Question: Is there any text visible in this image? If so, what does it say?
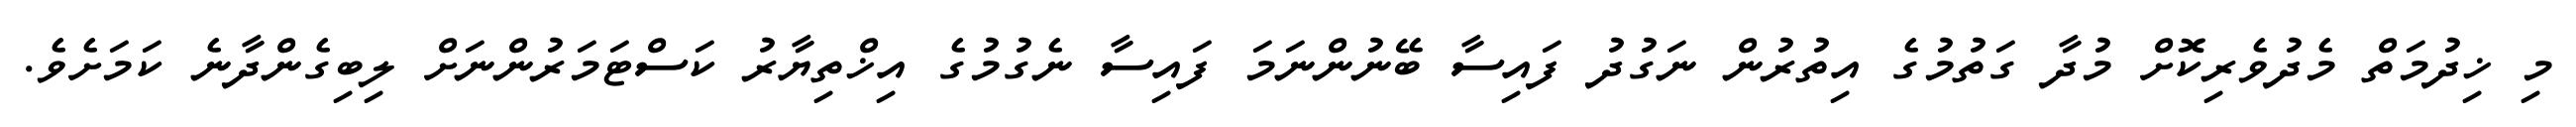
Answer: މި ޚިދުމަތް މެދުވެރިކޮށް މުދާ ގަތުމުގެ އިތުރުން ނަގުދު ފައިސާ ބޭނުންނަމަ ފައިސާ ނެގުމުގެ އިޚްތިޔާރު ކަސްޓަމަރުންނަށް ލިބިގެންދާނެ ކަމަށެވެ.